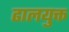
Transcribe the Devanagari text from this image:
ढालयुक्त